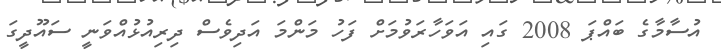
އުސާމާގެ ބައްޕަ 2008 ގައި އަވަހާރަވުމަށް ފަހު މަންމަ އަދިވެސް ދިރިއުޅުއްވަނީ ސައޫދީގަ